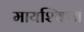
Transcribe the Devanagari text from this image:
मायश्किन